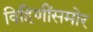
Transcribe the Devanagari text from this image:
विहिणींसमोर